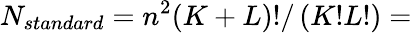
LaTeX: {{N}_{standard}}={{n}^{2}}(K+L)!/\left(K!L!\right)=